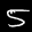
Label: 5